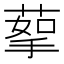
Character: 蒘